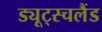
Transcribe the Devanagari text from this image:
ड्यूट्स्चलैंड